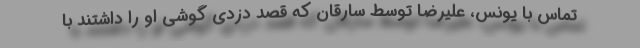
تماس با یونس، علیرضا توسط سارقان که قصد دزدی گوشی او را داشتند با